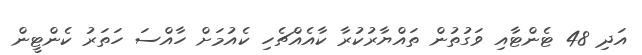
އަދި 48 ޓެންޓާއި ވަގުތުން ތައްޔާރުކުރާ ކާއެއްޗެހި ކެއުމަށް ހާއްސަ ހަތަރު ކެންޓީން